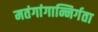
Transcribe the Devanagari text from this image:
मतंगांगान्निर्गता